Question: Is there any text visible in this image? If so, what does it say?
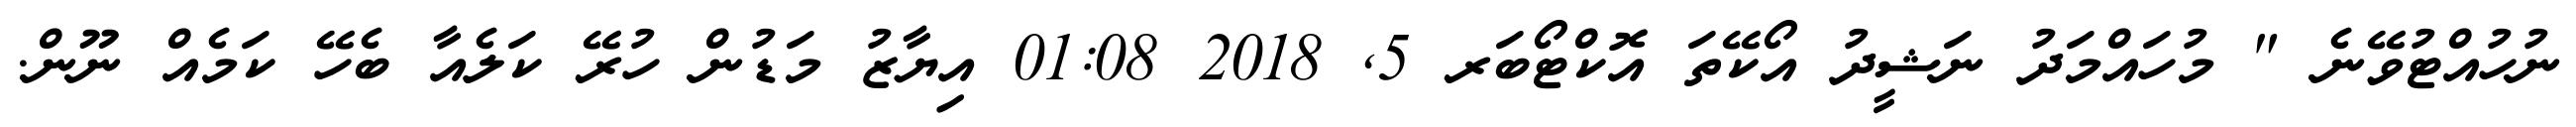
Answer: ނުހުއްޓުވޭނެ " މުހައްމަދު ނަޝީދު އޯކޭތަ އޮކްޓޯބަރ 5, 2018 01:08 އިޔާޒު މަޑުން ހުރޭ ކަލެއާ ބެހޭ ކަމެއް ނޫން.